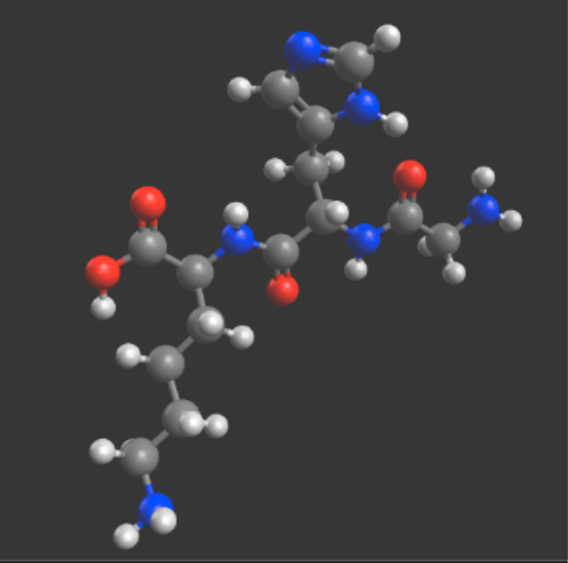
avogadro, ball and sticks